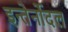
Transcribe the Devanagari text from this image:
इन्तेर्नोदल